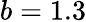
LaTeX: b=1.3